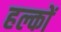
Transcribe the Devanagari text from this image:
हल्कों